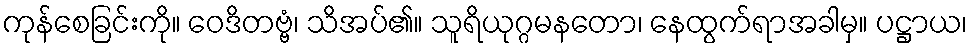
ကုန်စေခြင်းကို။ ဝေဒိတဗ္ဗံ၊ သိအပ်၏။ သူရိယုဂ္ဂမနတော၊ နေထွက်ရာအခါမှ။ ပဋ္ဌာယ၊